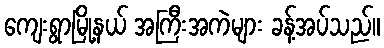
ကျေးရွာမြို့နယ် အကြီးအကဲများ ခန့်အပ်သည်။